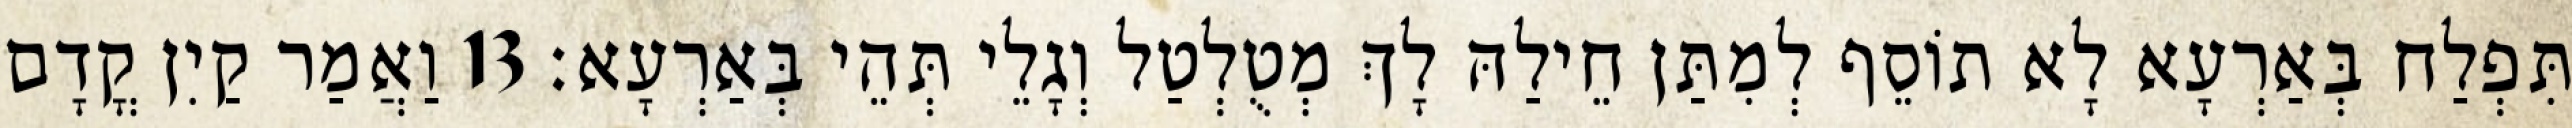
תִּפְלַח בְּאַרְעָא לָא תוֹסֵף לְמִתַּן חֵילַהּ לָךְ מְטֻלְטַל וְגָלֵי תְּהֵי בְּאַרְעָא׃ 13 וַאֲמַר קַיִן קֳדָם